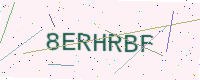
Text: 8ERHRBF